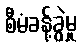
စီမံခန့်ခွဲမှု